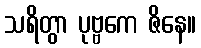
သရိတွာ ပုဗ္ဗကေ ဇိနေ။